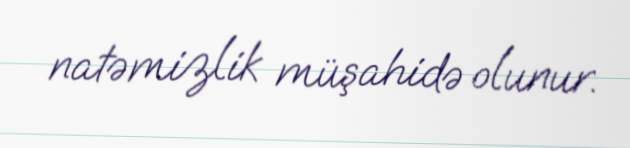
natəmizlik müşahidə olunur.